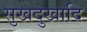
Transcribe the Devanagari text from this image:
सुखदुखादि